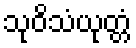
သုဝိသံယုတ္တံ